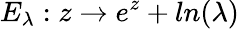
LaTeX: E_{\lambda}:z\to e^{z}+ln(\lambda)